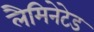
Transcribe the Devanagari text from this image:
लैमिनेटेड